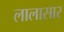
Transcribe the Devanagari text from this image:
लालासार